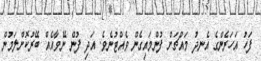
ފަހު އަހަރެންގެ އެނދު މައްޗަށް ފުންމައިގެން ވެއްޓުނެވެ. އަދި ފުން ނޭވާއެއް ބޭރުކޮށްލަމުން